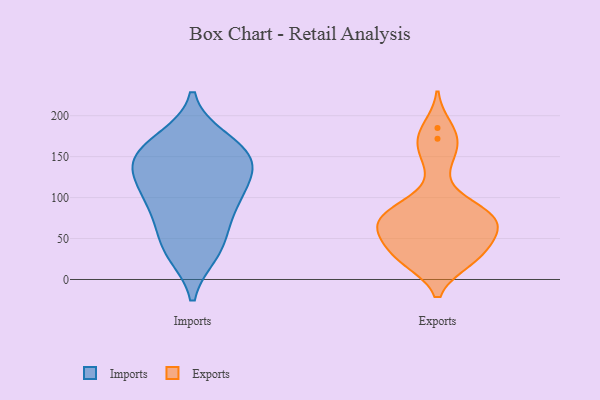
{"axis": {"x": "Market Share (%)", "y": "Value"}, "legend": ["Exports", "Imports"], "data": [{"x": "", "y": 170, "type": "Imports"}, {"x": "", "y": 48, "type": "Imports"}, {"x": "", "y": 126, "type": "Imports"}, {"x": "", "y": 89, "type": "Imports"}, {"x": "", "y": 33, "type": "Imports"}, {"x": "", "y": 154, "type": "Imports"}, {"x": "", "y": 140, "type": "Imports"}, {"x": "", "y": 148, "type": "Imports"}, {"x": "", "y": 112, "type": "Imports"}, {"x": "", "y": 36, "type": "Imports"}, {"x": "", "y": 139, "type": "Imports"}, {"x": "", "y": 82, "type": "Imports"}, {"x": "", "y": 164, "type": "Imports"}, {"x": "", "y": 97, "type": "Imports"}, {"x": "", "y": 36, "type": "Exports"}, {"x": "", "y": 69, "type": "Exports"}, {"x": "", "y": 23, "type": "Exports"}, {"x": "", "y": 93, "type": "Exports"}, {"x": "", "y": 25, "type": "Exports"}, {"x": "", "y": 61, "type": "Exports"}, {"x": "", "y": 54, "type": "Exports"}, {"x": "", "y": 185, "type": "Exports"}, {"x": "", "y": 86, "type": "Exports"}, {"x": "", "y": 80, "type": "Exports"}, {"x": "", "y": 74, "type": "Exports"}, {"x": "", "y": 69, "type": "Exports"}, {"x": "", "y": 24, "type": "Exports"}, {"x": "", "y": 30, "type": "Exports"}, {"x": "", "y": 53, "type": "Exports"}, {"x": "", "y": 172, "type": "Exports"}, {"x": "", "y": 163, "type": "Exports"}, {"x": "", "y": 75, "type": "Exports"}, {"x": "", "y": 142, "type": "Exports"}]}